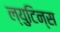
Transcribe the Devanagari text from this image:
ल्युटिन्स